Medical and sanitary report of the native army of Bengal for the year
Year: 1877
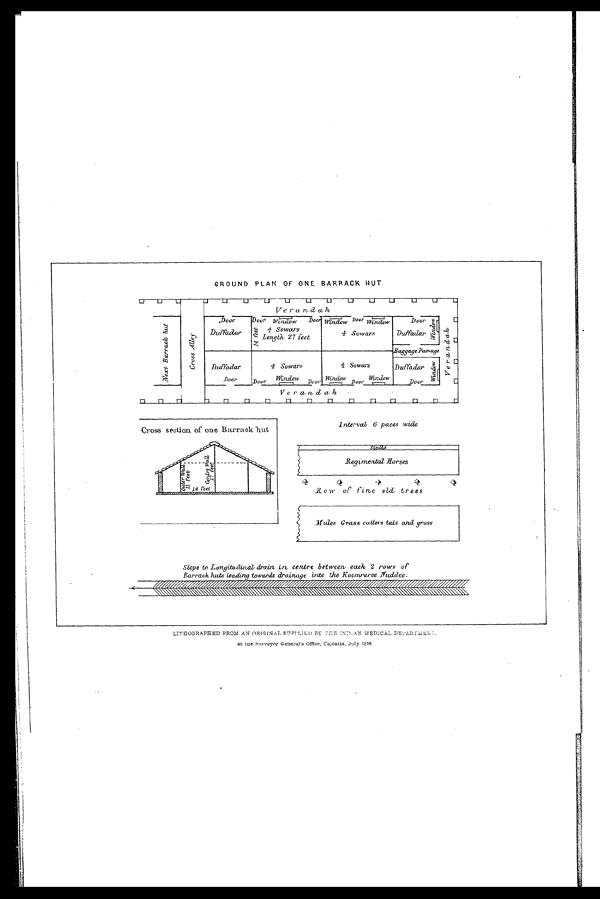
GROUND PLAN OF ONE BARRACK HUT
LITHOGRAPHED FROM AN ORIGINAL SUPPLIED BY THE INDIAN MEDICAL DEPAR
TMENTS
at the Surveyor General's Office, Calcutta, July 1878.